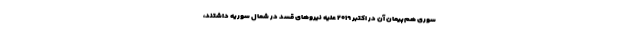
سوری هم‌پیمان آن در اکتبر ۲۰۱۹ علیه نیروهای قسد در شمال سوریه داشتند،